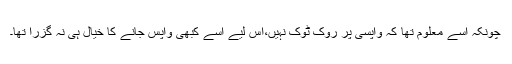
چونکہ اسے معلوم تھا کہ واپسی پر روک ٹوک نہیں،اس لیے اسے کبھی واپس جانے کا خیال ہی نہ گزرا تھا۔